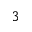
^ { 3 }